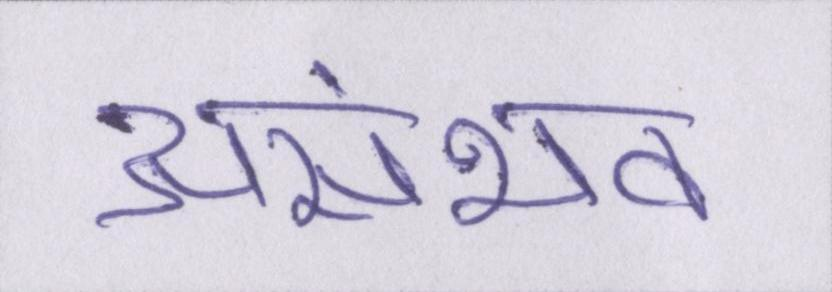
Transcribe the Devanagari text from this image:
असंभव